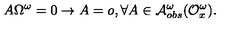
A \Omega ^ { \omega } = 0 \rightarrow A = o , \forall A \in { \cal A } _ { o b s } ^ { \omega } ( { \cal O } _ { x } ^ { \omega } ) .